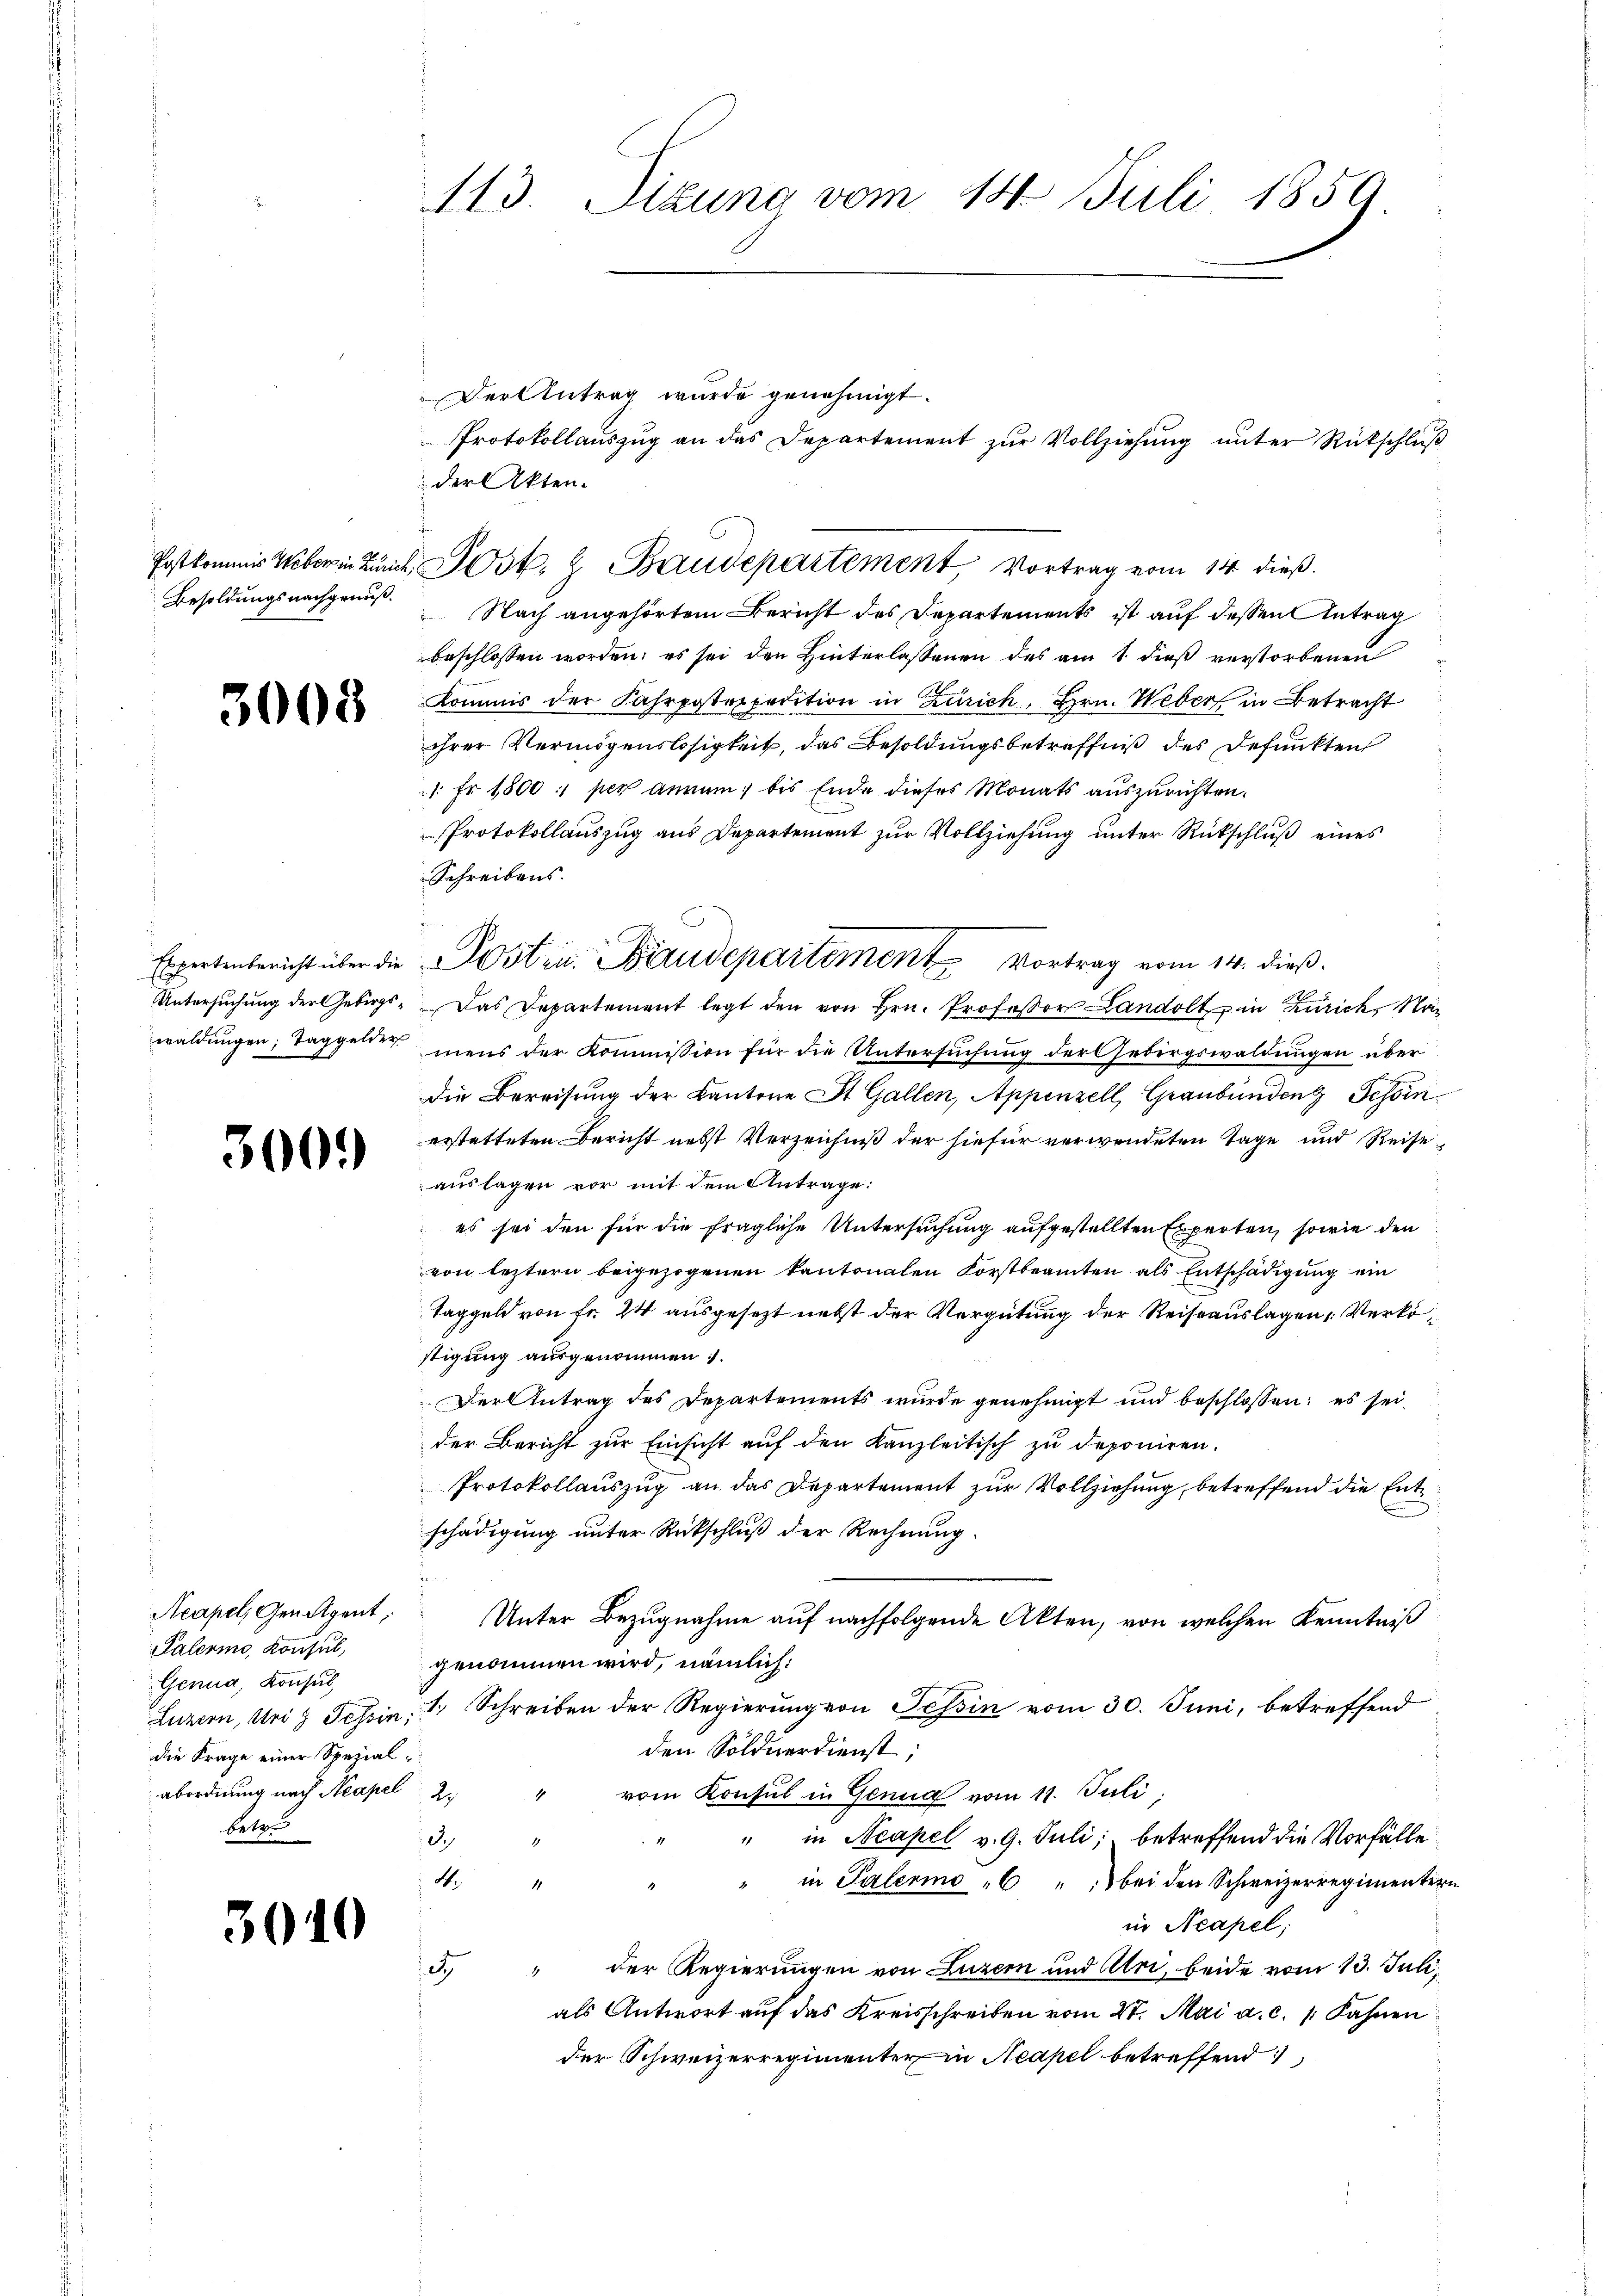
Besoldungsnachgenuß.

3008

Espertenbericht über die
Untersuchung der Gebirgswaldungen, Taggelder

3000

Acapel, Geneigent,
Palerin, Konsul,
Genua, Konsul
die Frage einer Spezialabordnung nach Neapel
betr.

3040

113. Sizung vom 14. Juli 1859.

Der Antrag wurde genehmigt.
der Akten.
Postkommis Weberin zur Post- & Baudepartement, Vortrag vom 14. dieß.

Nach angehörtem Bericht des Departements ist auf dessen Antrag
beschlossen worden; es sei den Hinterlassenen des am 1. dieß verstorbenen
Kommis der Fahrpostexpedition in Zürich, Hrn. Weber in Betracht
ihrer Vermögenslosigkeit, das Besoldungsbetreffniß des defunkten
1. Fr. 1800; per annum, bis Ende dieses Monats auszurichten.
Protokollauszug aus Departement zur Vollziehung unter Rückschluß eines
Schreibens.
Postin. Baudepartement Vortrag vom 14. dieß.
Das Departement legt den von Hrn. Professor Landolt in Zürich, Namens der Kommission für die Untersuchung der Gebirgswaldungen über
die Bereisung der Kantone St. Gallen, Appenzell, Graubünden Tessinerstatteten Bericht nebst Verzeichniß der hiefür verwendeten Tage und Reiseauslagen vor mit dem Antrage:
es sei den für die fragliche Untersuchung aufgestellten Experten, sowie den
von leztern beigezogenen kantonalen Forstbeamten als Entschädigung ein
Taggeld von Fr. 24 ausgesezt nebst der Vergütung der Reiseauslagen Verköstigung ausgenommen.
Der Antrag des Departements wurde genehmigt und beschlossen; es seider Bericht zur Einsicht auf den Kanzleitisch zu deponiren.
Protokollauszug an das Departement zur Vollziehung, betreffend die Entschädigung unter Rückschluß der Rechnung.
n
Unter Bezugnahme auf nachfolgende Akten, von welchen Kenntniß
genommen wird, nämlich:
Luzern, Uri z Tessin, 1 Schreiben der Regierung von Tessin vom 30. Juni, betreffend
den Soldnerdienst;
2. " vom Konsul in Genua vom 11. Juli
I.
" " in Neapel v. 9. Juli; betreffend die Vorfälle
4.
in Palermo 6 " " bei den Schweizerregimenter
1
in Neapel;
5. " der Regierungen von Luzern und Uri, beide vom 13. Juli,
als Antwort auf das Kreisschreiben vom 27. Mai a. c. 1. Fahnen
der Schweizerregimenter in Neapel betreffend

Protokollauszug an das Departement zur Vollziehung unter Rückschluß